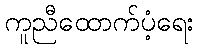
ကူညီထောက်ပံ့ရေး